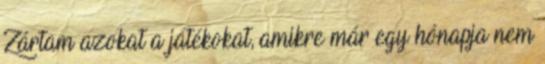
Zártam azokat a játékokat, amikre már egy hónapja nem